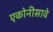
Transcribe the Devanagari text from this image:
एकोनीसावे